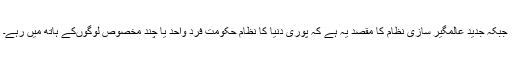
جبکہ جدید عالمگیر سازی نظام کا مقصد یہ ہے کہ پوری دنیا کا نظام حکومت فرد واحد یا چند مخصوص لوگوںکے ہاتھ میں رہے۔